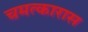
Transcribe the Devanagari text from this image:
चमत्कारास